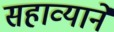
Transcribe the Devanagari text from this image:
सहाव्याने